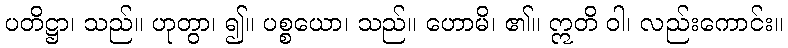
ပတိဋ္ဌာ၊ သည်။ ဟုတွာ၊ ၍။ ပစ္စယော၊ သည်။ ဟောမိ၊ ၏။ ဣတိ ဝါ၊ လည်းကောင်း။